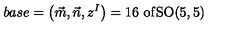
b a s e = \left( \vec { m } , \vec { n } , z ^ { I } \right) = 1 6 \mathrm { { \ o f } S O ( 5 , 5 ) }